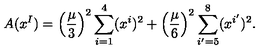
A ( x ^ { I } ) = \left( \frac { \mu } { 3 } \right) ^ { 2 } \sum _ { i = 1 } ^ { 4 } ( x ^ { i } ) ^ { 2 } + \left( \frac { \mu } { 6 } \right) ^ { 2 } \sum _ { i ^ { \prime } = 5 } ^ { 8 } ( x ^ { i ^ { \prime } } ) ^ { 2 } .